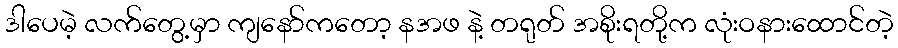
ဒါပေမဲ့ လက်တွေ့မှာ ကျနော်ကတော့ နအဖ နဲ့ တရုတ် အစိုးရတို့က လုံးဝနားထောင်တဲ့